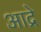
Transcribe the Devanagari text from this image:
आद्रे